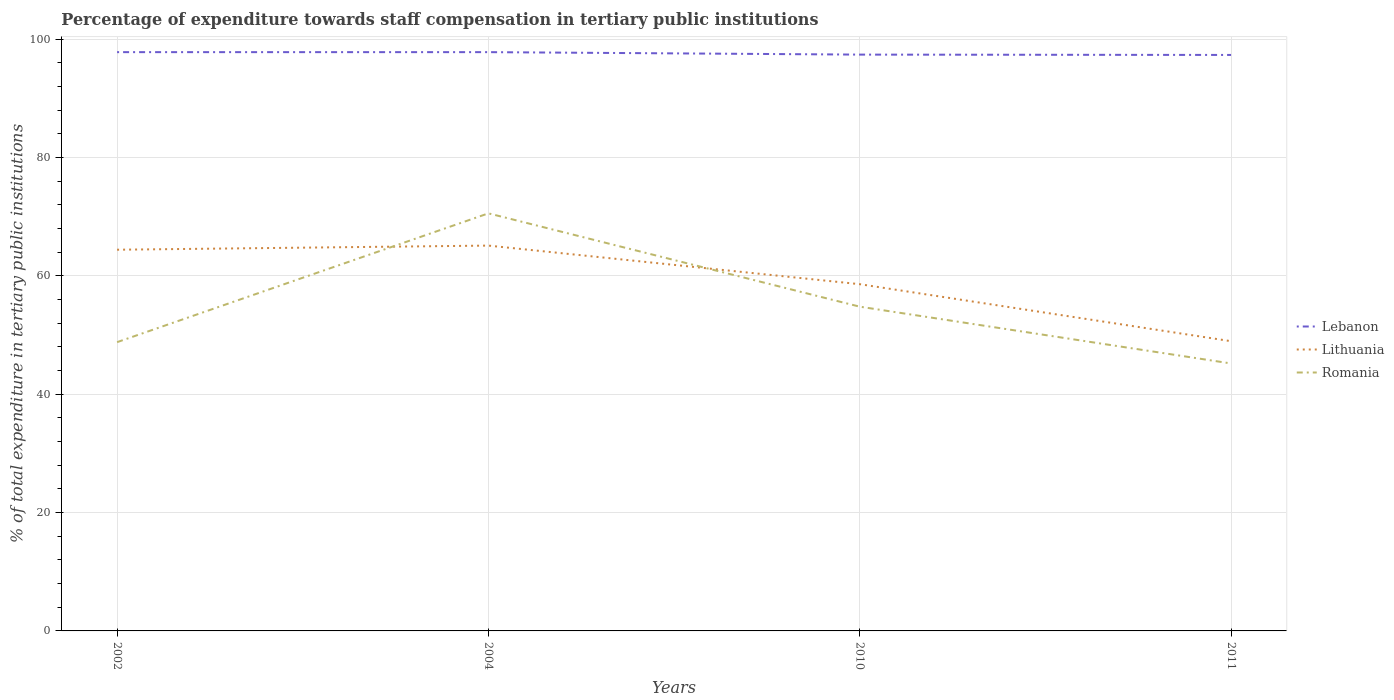
| Years | Lebanon | Lithuania | Romania |
 | --- | --- | --- | --- |
 | 2002 | 97.8 | 64.4 | 48.8 |
 | 2004 | 97.8 | 65.1 | 70.6 |
 | 2010 | 97.4 | 58.6 | 54.8 |
 | 2011 | 97.3 | 49 | 45.2 |